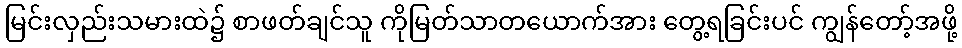
မြင်းလှည်းသမားထဲ၌ စာဖတ်ချင်သူ ကိုမြတ်သာတယောက်အား တွေ့ရခြင်းပင် ကျွန်တော့်အဖို့